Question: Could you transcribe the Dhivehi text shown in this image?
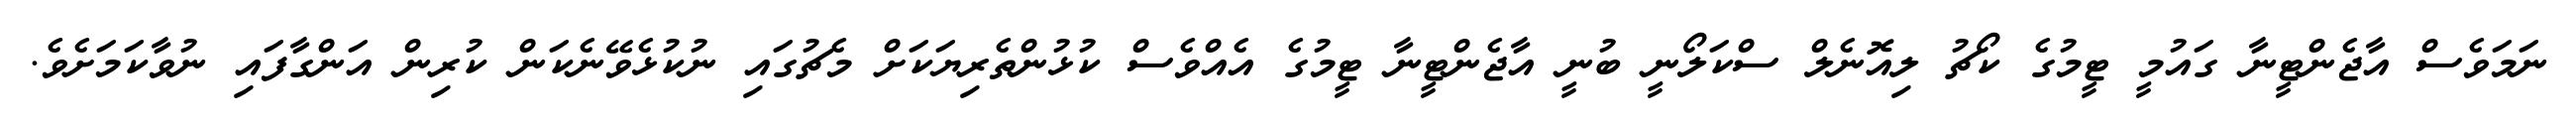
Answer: ނަމަވެސް އާޖެންޓީނާ ގައުމީ ޓީމުގެ ކޯޗު ލިއޮނެލް ސްކަލޯނީ ބުނީ އާޖެންޓީނާ ޓީމުގެ އެއްވެސް ކުޅުންތެރިޔަކަށް މެޗުގައި ނުކުޅެވޭނެކަން ކުރިން އަންގާފައި ނުވާކަމަށެވެ.